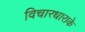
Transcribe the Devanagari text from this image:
विचारधाराके